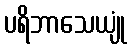
ပရိဘာသေယျုံ